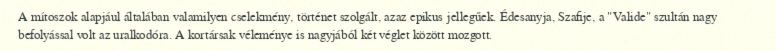
A mítoszok alapjául általában valamilyen cselekmény, történet szolgált, azaz epikus jellegűek. Édesanyja, Szafije, a "Valide" szultán nagy befolyással volt az uralkodóra. A kortársak véleménye is nagyjából két véglet között mozgott.